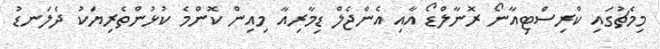
މިމެޗުގައި ކްރިސްޓިއާނޯ ރޮނާލްޑޯ އާއި އެންޖެލް ޑިމާރިއާ މިއިން ކޮންމެ ކުޅުންތެރިޔަކު ދެލަނޑު